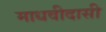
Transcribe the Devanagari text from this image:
माधवीदासी